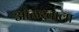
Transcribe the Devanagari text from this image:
ओळखाला